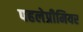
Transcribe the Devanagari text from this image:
पहलेप्रीमियर